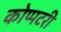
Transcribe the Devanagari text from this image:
कोप्पटरी